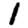
Digit: 1